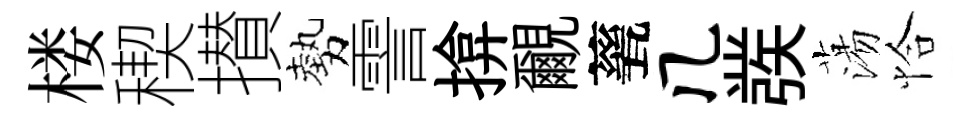
楼稧攅勢霅揜覼甆几彂蕩恰